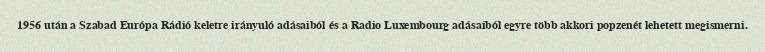
1956 után a Szabad Európa Rádió keletre irányuló adásaiból és a Radio Luxembourg adásaiból egyre több akkori popzenét lehetett megismerni.